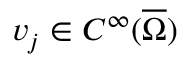
v _ { j } \in C ^ { \infty } ( \overline { { \Omega } } )